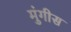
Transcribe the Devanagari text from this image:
मुंगीस